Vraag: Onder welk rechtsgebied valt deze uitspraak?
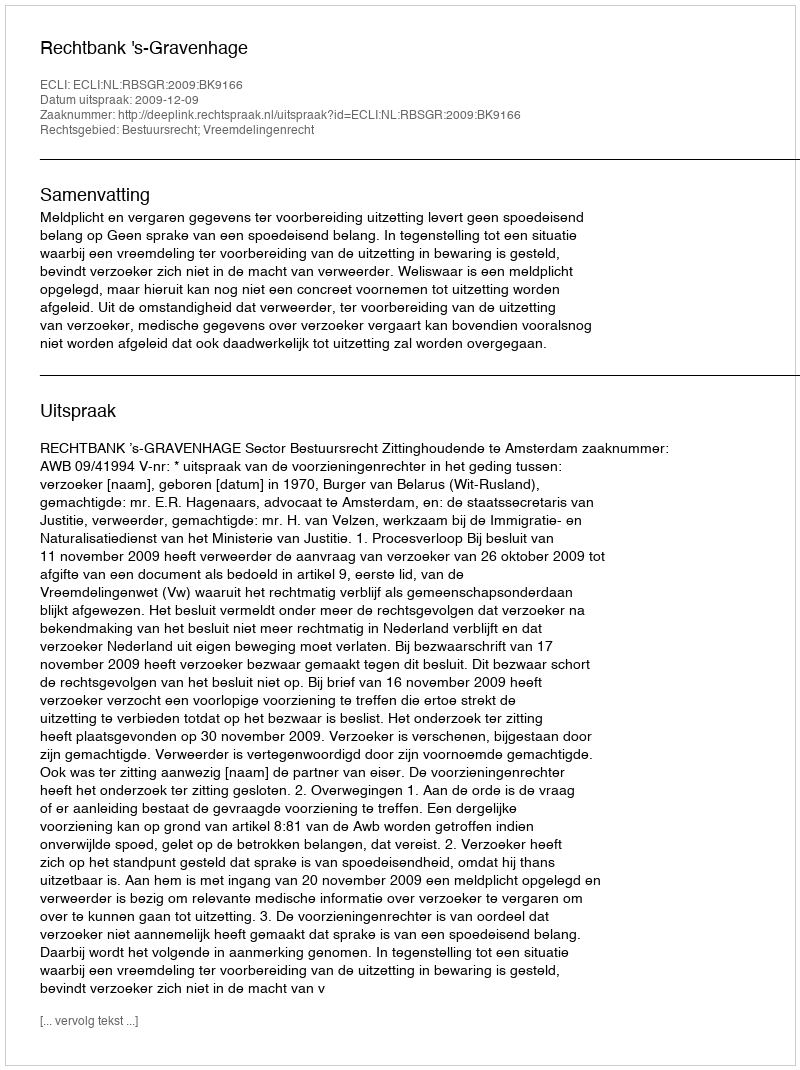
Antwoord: Bestuursrecht; Vreemdelingenrecht